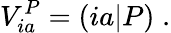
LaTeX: V_{ia}^{P}=(ia|P)\; .